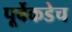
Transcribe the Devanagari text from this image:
पूर्वेकडेच